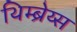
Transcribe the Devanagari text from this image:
थिम्ब्रेय्स